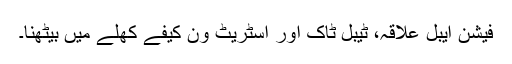
فیشن ایبل علاقہ، ٹیبل ٹاک اور اسٹریٹ ون کیفے کھلے میں بیٹھنا۔